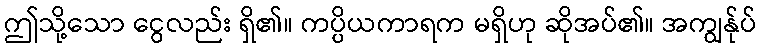
ဤသို့သော ငွေလည်း ရှိ၏။ ကပ္ပိယကာရက မရှိဟု ဆိုအပ်၏။ အကျွန်ုပ်